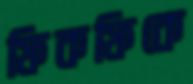
ফিকফিকে